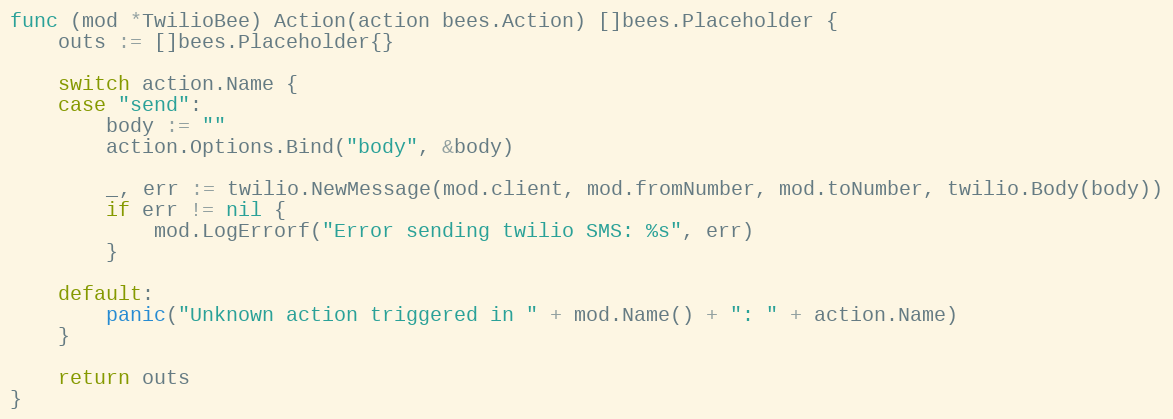
Language: Go
func (mod *TwilioBee) Action(action bees.Action) []bees.Placeholder {
	outs := []bees.Placeholder{}

	switch action.Name {
	case "send":
		body := ""
		action.Options.Bind("body", &body)

		_, err := twilio.NewMessage(mod.client, mod.fromNumber, mod.toNumber, twilio.Body(body))
		if err != nil {
			mod.LogErrorf("Error sending twilio SMS: %s", err)
		}

	default:
		panic("Unknown action triggered in " + mod.Name() + ": " + action.Name)
	}

	return outs
}